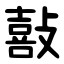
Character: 敼